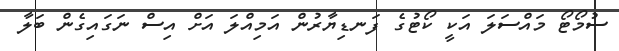
ސުމޯޓޯ މައްސަލަ އަކީ ކޯޓުގެ ފަނޑިޔާރުން އަމިއްލަ އަށް އިސް ނަގައިގެން ބަލާ